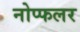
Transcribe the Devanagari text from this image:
नोप्फलर